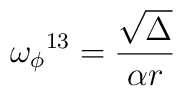
{\omega_\phi}^{13}= \frac{\sqrt\Delta}{\alpha r} \,